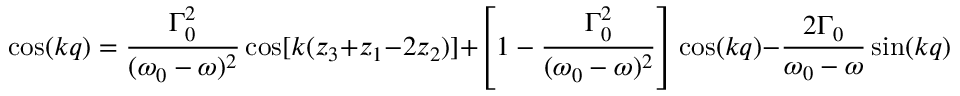
\cos ( k q ) = \frac { \Gamma _ { 0 } ^ { 2 } } { ( \omega _ { 0 } - \omega ) ^ { 2 } } \cos [ k ( z _ { 3 } + z _ { 1 } - 2 z _ { 2 } ) ] + \left[ 1 - \frac { \Gamma _ { 0 } ^ { 2 } } { ( \omega _ { 0 } - \omega ) ^ { 2 } } \right] \cos ( k q ) - \frac { 2 \Gamma _ { 0 } } { \omega _ { 0 } - \omega } \sin ( k q ) .